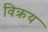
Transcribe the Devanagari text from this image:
विक्रय